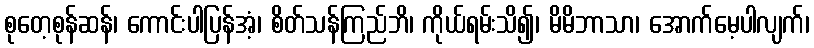
စုတေ့စုန်ဆန်၊ ကောင်းပါပြန်အံ့၊ စိတ်သန်ကြည်ဘိ၊ ကိုယ်ရမ်းသိ၍၊ မိမိဘာသာ၊ အောက်မေ့ပါလျက်၊